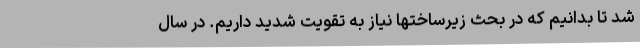
شد تا بدانیم که در بحث زیرساختها نیاز به تقویت شدید داریم. در سال